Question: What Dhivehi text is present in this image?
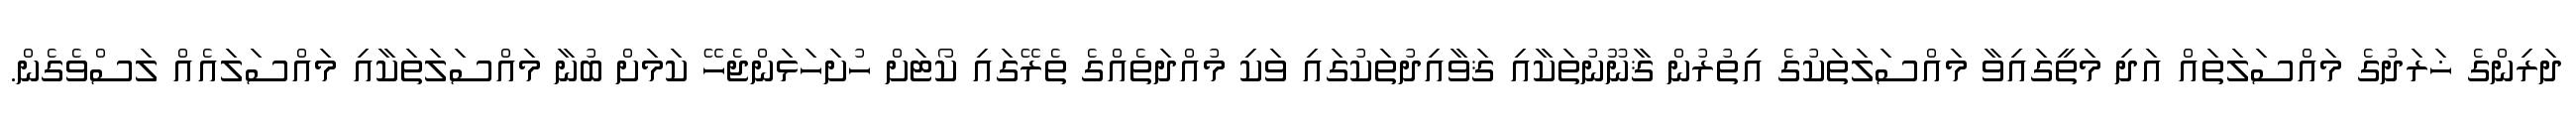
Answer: ދަރިންގެ ޚަރަދުގެ މައްސަލަތައް އަދި މަތީގައިވާ މައްސަލަތަކުގެ އިތުރުން ޤާނޫނުތަކާއި ޤަވާއިދުތަކުގައި ވަކި މުއްދަތެއްގެ ތެރޭގައި ކޯޓަށް ހުށަހަޅަންޖެހޭ ކަމަށް ބުނާ މައްސަލަތަކާއި މައްސަލައެއް ލަސްވެގެން.